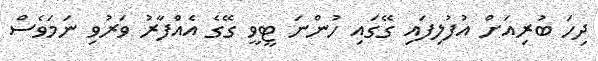
ދިހަ ބުރިއަށް އުފުލިފައި ގޭގައި ހުންނަ ޓީވީ ގޭގެ އެއްފާރު ވަރުވި ނަމަވެސް